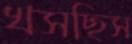
খসছিস